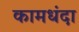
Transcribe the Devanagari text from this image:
कामधंदा